Annual report of the Civil Veterinary Department, Bengal, for the year 1895-96 - 1895-1896
Year: 1895
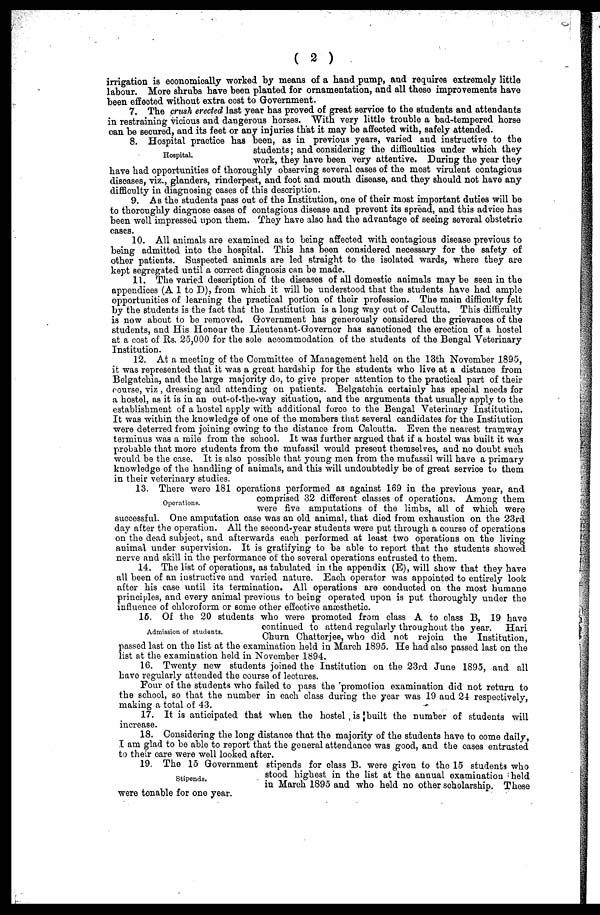
(2)
irrigation is economically worked by means of a hand pump, and requires extremely little
labour. More shrubs have been planted for ornamentation, and all these improvements have
been effected without extra cost to Government.
7. The crush erected last year has proved of great service to the students and attendants
in restraining vicious and dangerous horses. With very little trouble a bad-tempered horse
can be secured, and its feet or any injuries that it may be affected with, safely attended.
Hospital.
8. Hospital practice has been, as in previous years, varied ana instructive to the
students; and considering the difficulties under which they
work, they have been very attentive. During the year they
have had opportunities of thoroughly observing several oases of the most virulent contagious
diseases, viz., glanders, rinderpest, and foot and mouth disease, and they should not have any
difficulty in diagnosing cases of this description.
9. As the students pass out of the Institution, one of their most important duties will be
to thoroughly diagnose oases of contagious disease and prevent its spread, and this advice has
been well impressed upon them. They have also had the advantage of seeing several obstetrio
cases.
10. All animals are examined as to being affected with contagious disease previous to
being admitted into the hospital. This has been considered necessary for the safety of
other patients. Suspected animals are led straight to the isolated wards, where they are
kept segregated until a correct diagnosis can be made.
11. The varied description of the diseases of all domestic animals may be seen in the
appendices (A 1 to D), from which it will be understood that the students have had ample
opportunities of learning the practical portion of their profession. The main difficulty felt
by the students is the fact that the Institution is a long way out of Calcutta. This difficulty
is now about to be removed. Government has generously considered the grievances of the
students, and His Honour the Lieutenant-Governor has sanctioned the erection of a hostel
at a cost of Rs. 25,000 for the sole accommodation of the students of the Bengal Veterinary
Institution.
12. At a meeting of the Committee of Management hold on the 13th November 1895,
it was represented that it was a great hardship for the students who live at a distance from
Belgatchia, and the large majority do, to give proper attention to the practical part of their
course, viz , dressing and attending on patients. Belgatohia certainly has special needs for
a hostel, as it is in an out-of-the-way situation, and the arguments that usually apply to the
establishment of a hostel apply with additional force to the Bengal Veterinary Institution.
It was within the knowledge of one of the members that several candidates for the Institution
were deterred from joining owing to the distance from Calcutta. Even the nearest tramway
terminus was a mile from the school. It was further argued that if a hostel was built it was
probable that more students from the mufassil would present themselves, and no doubt such
would be the case. It is also possible that young men from the mufassil will have a primary
knowledge of the handling of animals, and this will undoubtedly be of great service to them
in their veterinary studies.
Operations.
13. There were 181 operations performed as against 169 in the previous year, and
comprised 32 different classes of operations. Among them
were five amputations of the limbs, all of which were
successful. One amputation case was an old animal, that died from exhaustion on the 23rd
day after the operation. All the second-yoar students were put through a course of operations
on the dead subject, and afterwards each performed at least two operations on the living
animal under supervision. It is gratifying to be able to report that the students showed
nerve and skill in the performance of the several operations entrusted to them.
14. The list of operations, as tabulated in the appendix (E), will show that they have
all been of an instructive and varied nature. Each operator was appointed to entirely look
after his case until its termination. All operations are conducted on the most humane
principles, and every animal previous to being operated upon is put thoroughly under the
influence of ohloroform or some other effective anæsthetic.
Admission of students.
15 Of the 20 students who were promoted from class A to class B, 19 have
continued to attend regularly throughout the year.
Hari
Churn Chatterjee, who did not rejoin the Institution,
passed last on the list at the examination held in March 1895. He had also passed last on the
list at the examination hold in November 1894.
16. Twenty new students joined the Institution on the 23rd June 1895, and all
have regularly attended the course of lectures.
Four of the students who failed to pass the 'promotion examination did not return to
the school, so that the number in each class during the year was 19 and 24 respectively,
making a total of 43.
17. It is anticipated that when the hostel , is |built the number of students will
increase.
18. Considering the long distance that the majority of the students have to come daily,
I am glad to be able to report that the general attendance was good, and the oases entrusted
to their care were well looked after.
Stipends.
19. The 15 Government stipends for class B. were given to the 15 students who
stood highest in the list at the annual examination held
in March 1895 and who held no other scholarship. These
were tonable for one year.